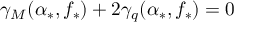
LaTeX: \gamma _ { M } ( \alpha _ { * } , f _ { * } ) + 2 \gamma _ { q } ( \alpha _ { * } , f _ { * } ) = 0